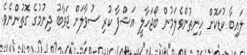
ލައިބާ ކުޑަކޮށް ހިނިތުންވެލަމުން ބޯޖަހާލީ އަޝްފާ ކުރި ސުވާލަށް ޖަވާބު ދިނުމުގެ ގޮތުންނެވެ.